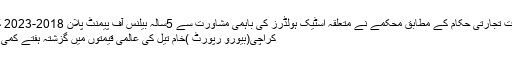
وزارت تجارتی حکام کے مطابق محکمے نے متعلقہ اسٹیک ہولڈرز کی باہمی مشاورت سے 5سالہ بیلنس آف پیمنٹ پلان 2018-2023 کا …
کراچی(بیورو رپورٹ )خام تیل کی عالمی قیمتوں میں گزشتہ ہفتے کمی ہوئی۔